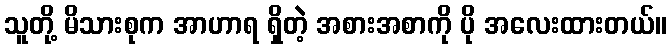
သူတို့ မိသားစုက အာဟာရ ရှိတဲ့ အစားအစာကို ပို အလေးထားတယ်။